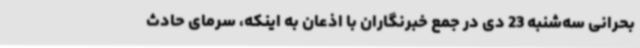
بحرانی سه‌شنبه 23 دی در جمع خبرنگاران با اذعان به اینکه، سرمای حادث